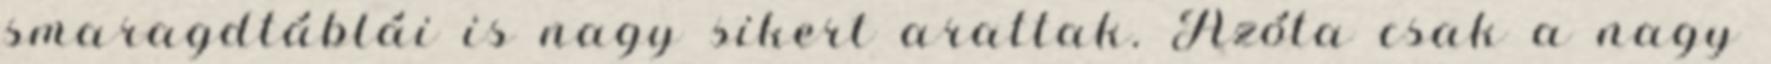
smaragdtáblái is nagy sikert arattak. Azóta csak a nagy